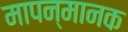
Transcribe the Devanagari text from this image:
मापन्मानक